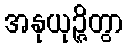
အနုယုဉ္ဇိတွာ